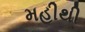
મહીથી